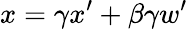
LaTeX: x=\gamma x^{\prime}+\beta\gamma w^{\prime}